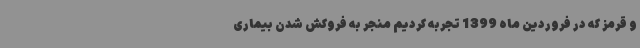
و قرمز که در فروردین ماه 1399 تجربه کردیم منجر به فروکش شدن بیماری